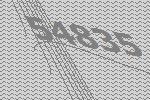
54835